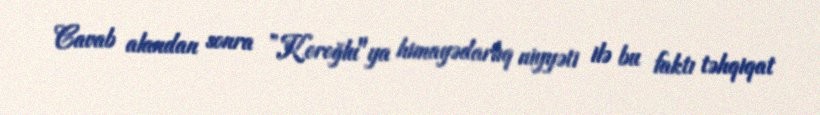
Cavab alandan sonra ”Koroğlu"ya himayədarlıq niyyəti ilə bu faktı təhqiqat